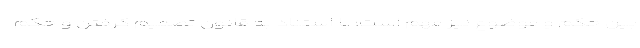
بین حکم و موضوع نیز مهم است؛ با استناد به قانون تصمیم گرفتن و حکم